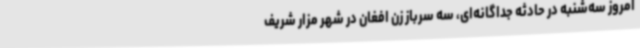
امروز سه‌شنبه در حادثه جداگانه‌ای، سه سرباز زن افغان در شهر مزار شریف